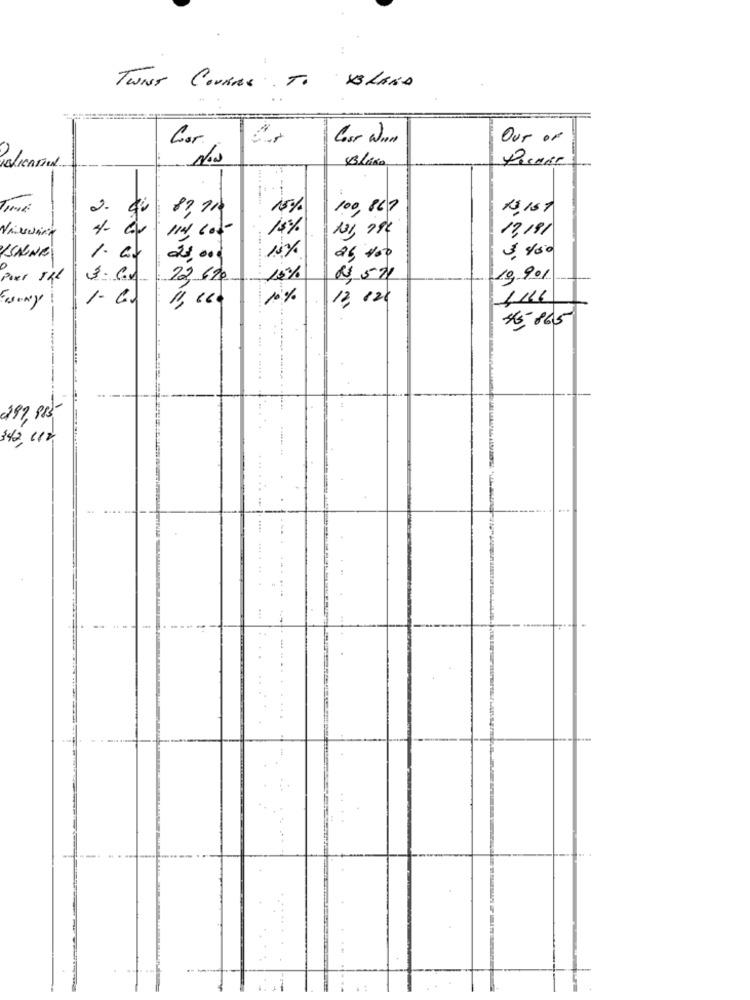
TWINT COURAGE TO BLAND
Gor
Cost Wo
Our of
2.
15%
100,867
1151
114 602-
15%
13,19/
1.
15%
$ 400
20, 000
24, 400
0
3. C.
22, 620
15%
19901
1. Ca
10%
.... ....... ........
12. 12/
SE- 865
297,985
342, 110
.. .